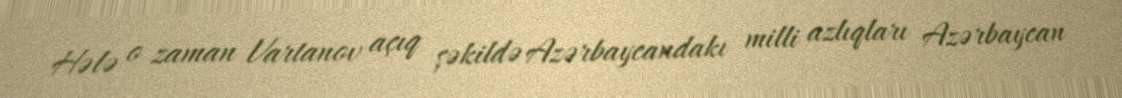
Hələ o zaman Vartanov açıq şəkildə Azərbaycandakı milli azlıqları Azərbaycan